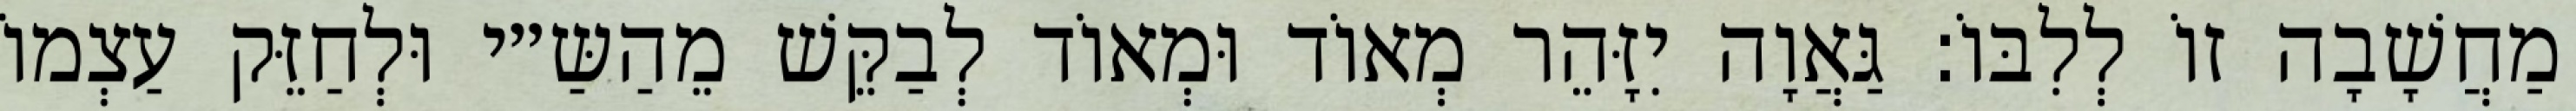
מַחֲשָׁבָה זוֹ לְלִבּוֹ: גַּאֲוָה יִזָּהֵר מְאוֹד וּמְאוֹד לְבַקֵּשׁ מֵהַשַּ״י וּלְחַזֵּק עַצְמוֹ